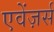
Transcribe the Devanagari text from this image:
एवेंज़र्स